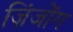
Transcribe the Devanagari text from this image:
ज़िंजोंग